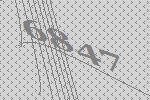
6847